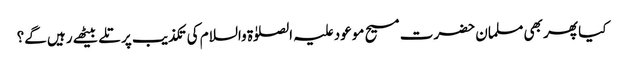
کیا پھر بھی مسلمان حضرت مسیح موعود علیہ الصلوٰۃ والسلام کی تکذیب پر تلے بیٹھے رہیں گے؟